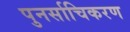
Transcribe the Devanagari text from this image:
पुनर्साचिकरण